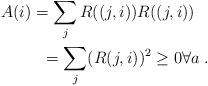
LaTeX: \begin{align*}\begin{multlined}A(i)=\sum_j R((j,i)) R((j,i))\\=\sum_j (R(j,i))^2\geq 0 \forall a\;.\end{multlined}\end{align*}